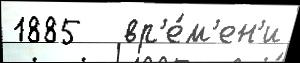
1885   вр'е́м'ен'и